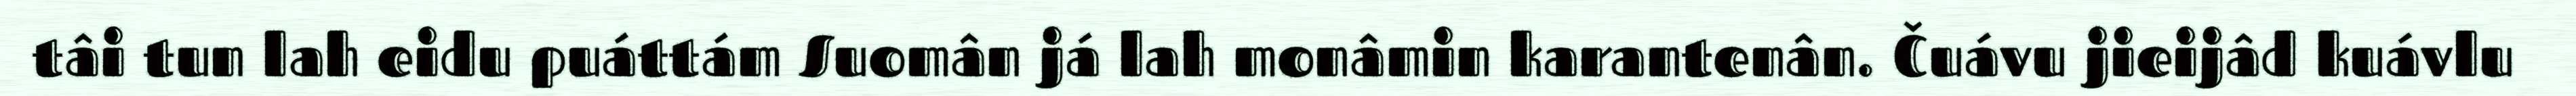
tâi tun lah eidu puáttám Suomân já lah monâmin karantenân. Čuávu jieijâd kuávlu